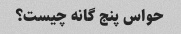
حواس پنج گانه چیست؟